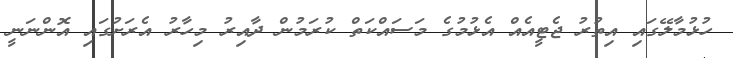
ހުޅުމާލޭގައި އިތުރު ޖެޓީއެއް އެޅުމުގެ މަސައްކަތް ކުރަމުން ދާއިރު މިހާރު އެރަށުގައި އޮންނަނީ